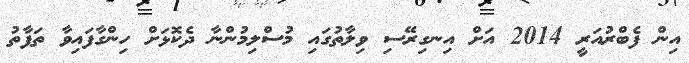
އިން ފެބްރުއަރީ 2014 އަށް އިނގިރޭސި ވިލާތުގައި މުސްލިމުންނާ ދެކޮޅަށް ހިންގާފައިވާ ތަފާތު